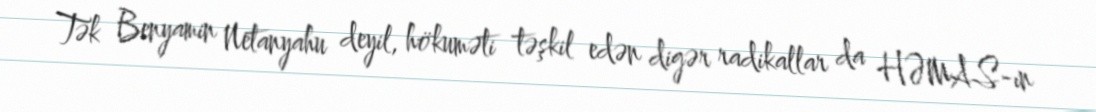
Tək Benyamin Netanyahu deyil, hökuməti təşkil edən digər radikallar da HƏMAS-ın